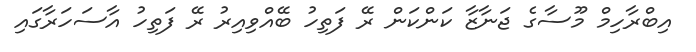
އިބްރާހިމް މޫސާގެ ޖަނާޒާ ކަންކަން ރޭ ފަތިހު ބޭއްވިިއިރު ރޭ ފަތިހު އާސަހަރާގައި